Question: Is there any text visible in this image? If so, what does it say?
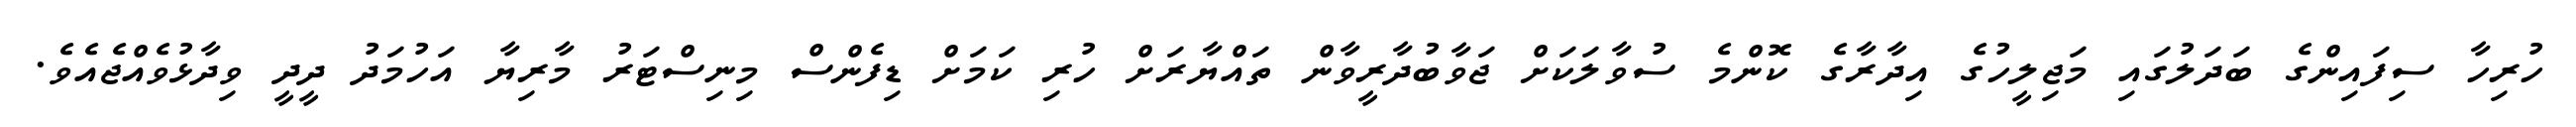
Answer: ހުރިހާ ސިފައިންގެ ބަދަލުގައި މަޖިލީހުގެ އިދާރާގެ ކޮންމެ ސުވާލަކަށް ޖަވާބުދާރީވާން ތައްޔާރަށް ހުރި ކަމަށް ޑިފެންސް މިނިސްޓަރު މާރިޔާ އަހުމަދު ދީދީ ވިދާޅުވެއްޖެއެވެ.